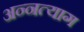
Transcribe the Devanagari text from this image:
अन्नत्याग